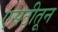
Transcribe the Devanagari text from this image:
एसटीतून